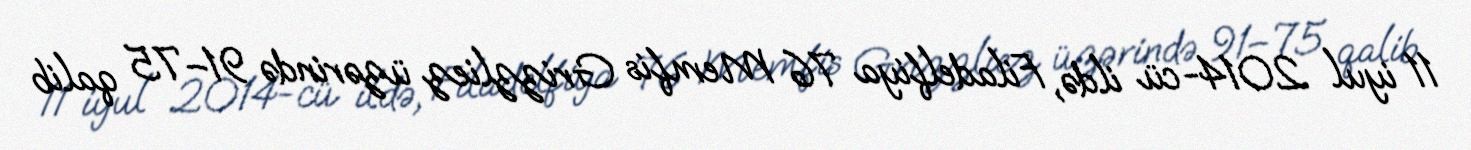
11 iyul 2014-cü ildə, Filadelfiya 76 Memfis Grizzliez üzərində 91–75 qalib